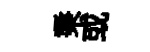
秉或